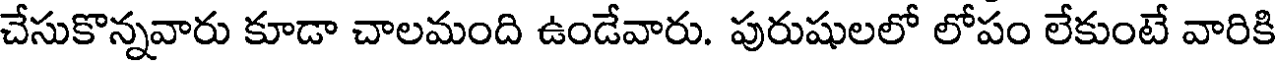
చేసుకొన్నవారు కూడా చాలమంది ఉండేవారు. పురుషులలో లోపం లేకుంటే వారికి